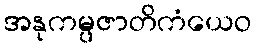
အနုကမ္ပဇာတိကံယေဝ